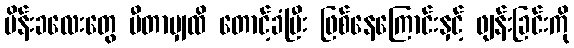
မိန်းခလေးတွေ မီတာမျှထိ တောင့်ခံပြီး ဖြစ်နေကြောင်းနှင့် ဖျန်းခြင်းကို